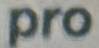
pro